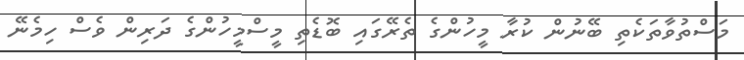
މަސްތުވާތަކެތި ބޭނުން ކުރާ މީހުންގެ ތެރޭގައި ބޮޑެތި މީސްމީހުންގެ ދަރިންް ވެސް ހިމެނޭ